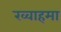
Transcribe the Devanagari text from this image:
ख्वाहमा